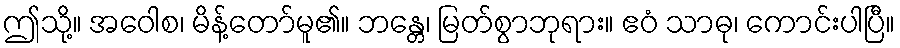
ဤသို့။ အဝေါစ၊ မိန့်တော်မူ၏။ ဘန္တေ၊ မြတ်စွာဘုရား။ ဧဝံ သာဓု၊ ကောင်းပါပြီ။